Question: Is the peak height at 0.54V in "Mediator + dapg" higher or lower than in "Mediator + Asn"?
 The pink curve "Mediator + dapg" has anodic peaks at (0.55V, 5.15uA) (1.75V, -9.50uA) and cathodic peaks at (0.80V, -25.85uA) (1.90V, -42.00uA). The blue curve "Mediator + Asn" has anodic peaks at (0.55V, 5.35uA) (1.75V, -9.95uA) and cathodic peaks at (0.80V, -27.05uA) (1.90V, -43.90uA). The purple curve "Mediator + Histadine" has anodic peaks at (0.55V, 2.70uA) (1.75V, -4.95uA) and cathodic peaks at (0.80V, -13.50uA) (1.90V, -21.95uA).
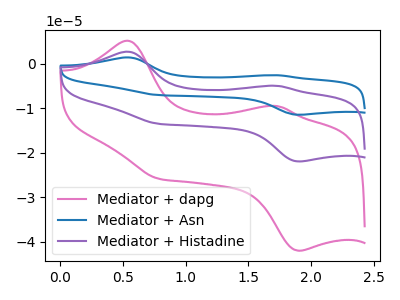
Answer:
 <answer>The peak at 0.54V is lower in "Mediator + dapg" than in "Mediator + Asn".</answer>
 <eval>lower</eval>